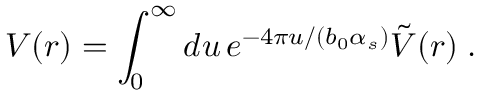
V ( r ) = \int _ { 0 } ^ { \infty } d u \, e ^ { - 4 \pi u / ( b _ { 0 } \alpha _ { s } ) } \tilde { V } ( r ) \; .